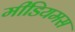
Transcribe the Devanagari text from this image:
मीडियमस